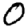
Digit: 0